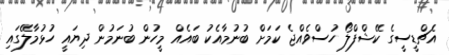
އެޗްޑީސީގެ ކޭޝްފްލޯ ހުސްވެއްޖެ ކަމަށް ބުނުމާއެކު ބައެއް މީހުން ބުނަމުން ދިޔައީ ހުޅުމާލޭގައި